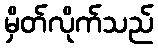
မှိတ်လိုက်သည်